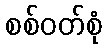
စစ်ဝတ်စုံ